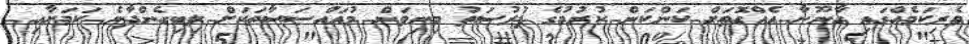
ވެރިކަމެއްގައި ގާނޫނާ އެއްގޮތަށް ކަންކަން ކުރުމުގެ ފުރުސަތު މިނިވަން މުއައްސަސާތަކަށް ލިބިގެންދާނެ ކަމަށާއި